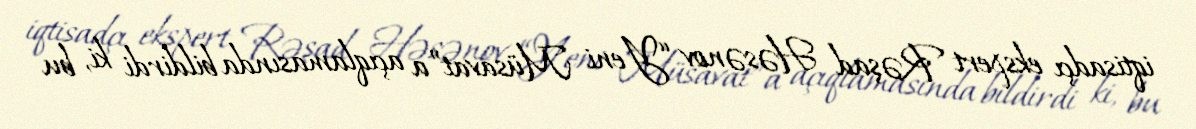
iqtisadçı ekspert Rəşad Həsənov “Yeni Müsavat”a açıqlamasında bildirdi ki, bu